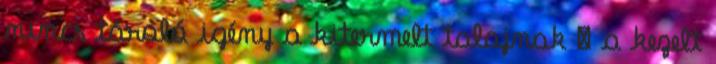
nincs tároló igény a kitermelt talajnak  a kezelt